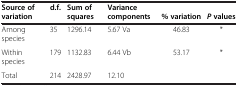
| Source of variation | d.f. | Sum of squares | Variance components | %variation | Pvalues |
 | --- | --- | --- | --- | --- | --- |
 | Among species | 35 | 1296.14 | 5.67 Va | 46.83 | * |
 | Within species | 179 | 1132.83 | 6.44 Vb | 53.17 | * |
 | Total | 214 | 2428.97 | 12.10 |  |  |